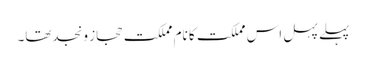
پہلے پہل اس مملکت کا نام مملکتِ حجاز ونجدتھا۔